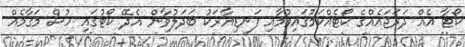
ކޯޓާ އެއް ދަރަޖައެއްގެ ކޯޓެއްކަމުގައިވުމާއި ފަނޑިޔާރަކު ބަދަލުވާން އެދޭ ކޯޓުގައި ހުސް މަގާމެއް